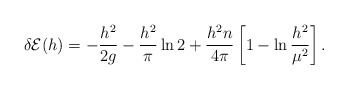
\begin{align*}\delta {\cal E}(h) = -{h^2 \over 2 g} - {h^2 \over \pi} \ln 2+ {h^2 n \over 4 \pi} \left [ 1 - \ln {h^2 \over \mu^2} \right ].\end{align*}